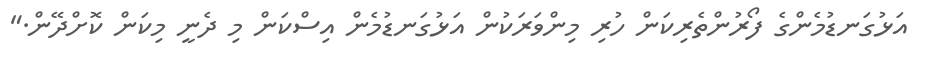
އަޅުގަނޑުމެންގެ ފޯރުންތެރިކަން ހުރި މިންވަރަކުން އަޅުގަނޑުމެން އިސްކަން މި ދެނީ މިކަން ކޮށްދޭން."